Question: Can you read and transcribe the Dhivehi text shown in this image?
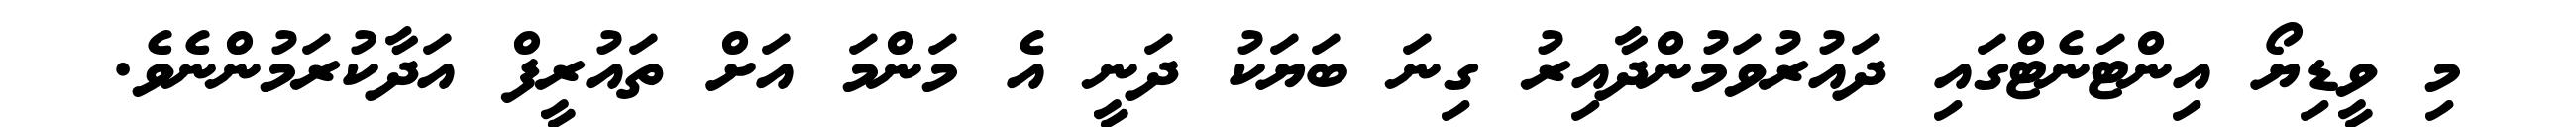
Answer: މި ވީޑިޔޯ އިންޓަނެޓްގައި ދައުރުވަމުންދާއިރު ގިނަ ބަޔަކު ދަނީ އެ މަންމަ އަށް ތައުރީފް އަދާކުރަމުންނެވެ.